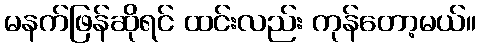
မနက်ဖြန်ဆိုရင် ထင်းလည်း ကုန်တော့မယ်။